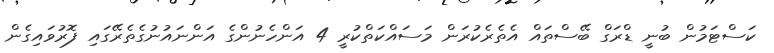
ކަސްޓަމުން ބުނީ ޑްރަގް ބޭސްތައް އެތެރެކުރަން މަސައްކަތްކުރީ 4 އަންހެނުންގެ އަންނައުނުގެތެރޭގައި ފޮރުވައިގެން